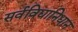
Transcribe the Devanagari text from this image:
सर्वविद्यानिधान